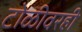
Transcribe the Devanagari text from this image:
टोळीवरही